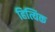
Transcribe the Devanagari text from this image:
हित्यिक